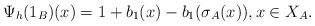
LaTeX: \begin{align*}\Psi_h(1_B)(x) = 1 + b_1(x) - b_1(\sigma_A(x)), x \in X_A.\end{align*}